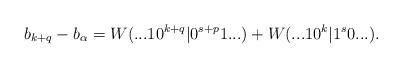
LaTeX: \begin{align*} b_{k+q} - b_\alpha = W(...10^{k+q}|0^{s+p}1...) + W(...10^k |1^s0...).\end{align*}